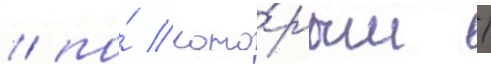
/ по́ кото́рым /